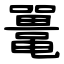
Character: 鼍